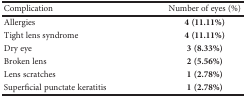
<table><thead><tr><td><b>Complication</b></td><td><b>Number of eyes (%)</b></td></tr></thead><tbody><tr><td>Allergies</td><td><b>4 (11.11%)</b></td></tr><tr><td>Tight lens syndrome</td><td><b>4 (11.11%)</b></td></tr><tr><td>Dry eye</td><td><b>3 (8.33%)</b></td></tr><tr><td>Broken lens</td><td><b>2 (5.56%)</b></td></tr><tr><td>Lens scratches</td><td><b>1 (2.78%)</b></td></tr><tr><td>Superficial punctate keratitis</td><td><b>1 (2.78%)</b></td></tr></tbody></table>